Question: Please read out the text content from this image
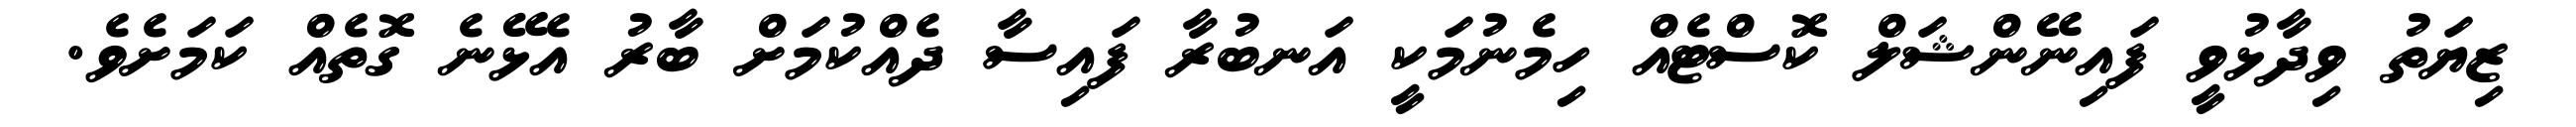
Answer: ޒިޔަތު ވިދާޅުވީ ފައިނޭންޝަލް ކޮސްޓެއް ހިމެނުމަކީ އަނބުރާ ފައިސާ ދެއްކުމަށް ބާރު އެޅޭނެ ގޮތެއް ކަމަށެވެ.